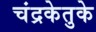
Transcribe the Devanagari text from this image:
चंद्रकेतुके